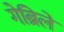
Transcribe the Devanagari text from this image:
गेब्रिले